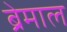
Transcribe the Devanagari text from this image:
ब्रेमाल